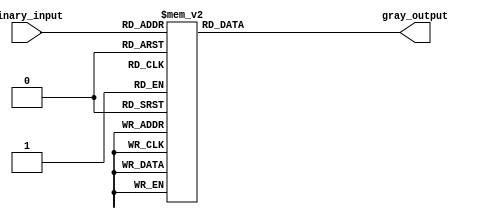
module gray_encoder (
    input [3:0] binary_input,
    output reg [1:0] gray_output
);

always @(*) begin
    case (binary_input)
        4'b0000: gray_output = 2'b00; // Priority encoding for MSB = 0
        4'b0001: gray_output = 2'b01;
        4'b0010: gray_output = 2'b10;
        4'b0011: gray_output = 2'b11;
        4'b0100: gray_output = 2'b00; // Priority encoding for MSB = 1
        4'b0101: gray_output = 2'b01;
        4'b0110: gray_output = 2'b00;
        4'b0111: gray_output = 2'b01;
        4'b1000: gray_output = 2'b00; // Priority encoding for MSB = 1
        4'b1001: gray_output = 2'b10;
        4'b1010: gray_output = 2'b01;
        4'b1011: gray_output = 2'b11;
        4'b1100: gray_output = 2'b00; // Priority encoding for MSB = 1
        4'b1101: gray_output = 2'b00;
        4'b1110: gray_output = 2'b01;
        4'b1111: gray_output = 2'b10;
        default: gray_output = 2'b00;
    endcase
end

endmodule